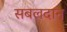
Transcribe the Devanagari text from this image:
सबलदान